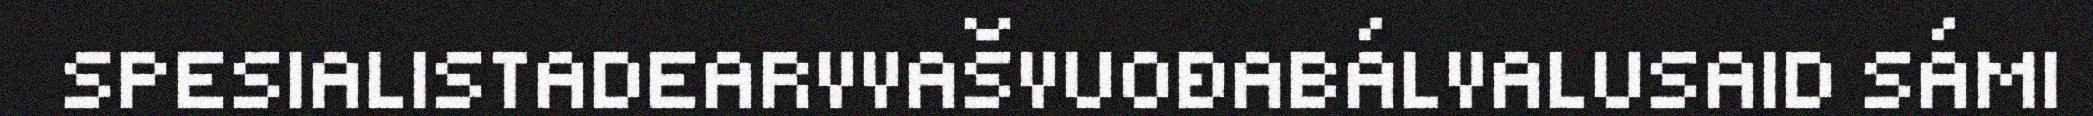
SPESIALISTADEARVVAŠVUOĐABÁLVALUSAID SÁMI